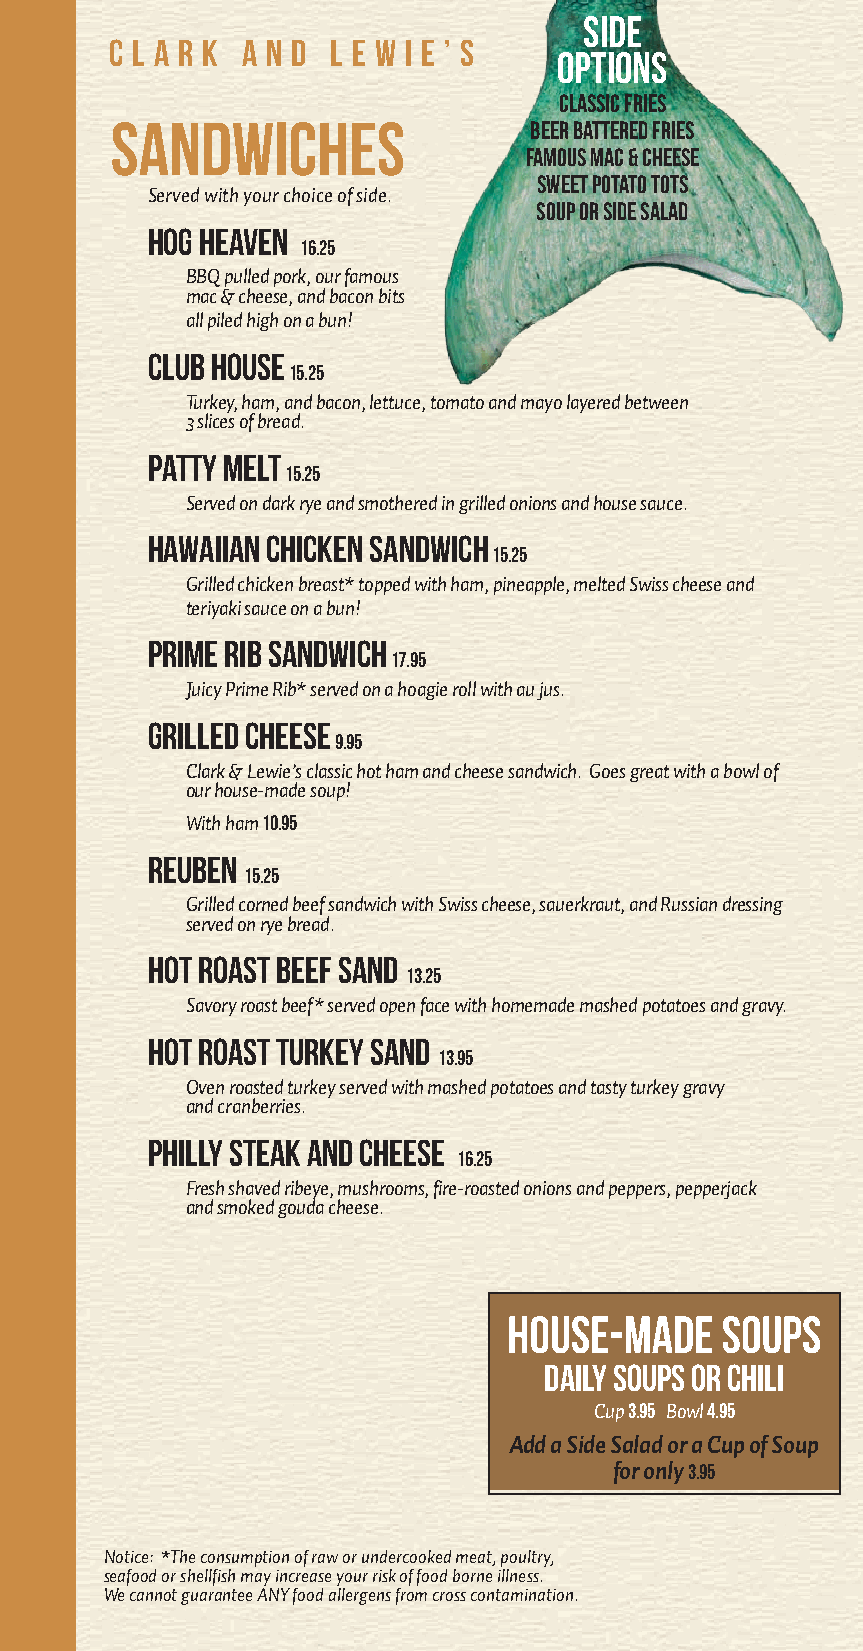
Side
 C l a r k a n d L e w i e ’ s
 OPTIONs
 Classic Fries
 Sandwiches                  Beer Battered Fries
 Famous Mac & Cheese
 Sweet Potato Tots
 Served with your choice of side.
 Soup or Side Salad
 Hog Heaven
 16.25
 BBQ pulled pork, our famous
 mac & cheese, and bacon bits
 all piled high on a bun!
 Club House
 15.25
 Turkey, ham, and bacon, lettuce, tomato and mayo layered between
 3 slices of bread.
 Patty Melt
 15.25
 Served on dark rye and smothered in grilled onions and house sauce.
 Hawaiian Chicken Sandwich
 15.25
 Grilled chicken breast* topped with ham, pineapple, melted Swiss cheese and
 teriyaki sauce on a bun!
 Prime Rib Sandwich
 17.95
 Juicy Prime Rib* served on a hoagie roll with au jus.
 Grilled Cheese
 9.95
 Clark & Lewie’s classic hot ham and cheese sandwich. Goes great with a bowl of
 our house-made soup!
 With ham 10.95
 Reuben
 15.25
 Grilled corned beef sandwich with Swiss cheese, sauerkraut, and Russian dressing
 served on rye bread.
 Hot Roast Beef Sand
 13.25
 Savory roast beef* served open face with homemade mashed potatoes and gravy.
 Hot Roast Turkey Sand
 13.95
 Oven roasted turkey served with mashed potatoes and tasty turkey gravy
 and cranberries.
 Philly steak and Cheese
 16.25
 Fresh shaved ribeye, mushrooms, fire-roasted onions and peppers, pepperjack
 and smoked gouda cheese.
 House-made    Soups
 Daily Soups or Chili
 Cup 3.95 Bowl 4.95
 Add a Side Salad or a Cup of Soup
 for only 3.95
 Notice: *The consumption of raw or undercooked meat, poultry,
 seafood or shellfish may increase your risk of food borne illness.
 We cannot guarantee ANY food allergens from cross contamination.